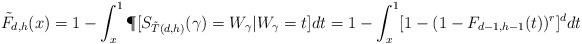
LaTeX: \begin{align*} \tilde{F}_{d,h}(x)=1-\int^1_x\P[S_{\tilde{T}(d,h)}(\gamma)=W_\gamma|W_\gamma=t]dt=1-\int^1_x[1-(1-F_{d-1,h-1}(t))^{r}]^d dt\end{align*}